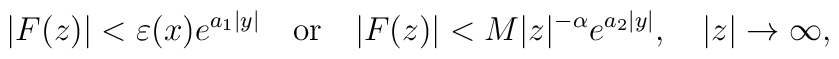
\vert F(z)\vert <\varepsilon (x)e^{a_1\vert y\vert }\quad \textrm{or} \quad \vert F(z)\vert <M\vert z\vert ^{-\alpha }e^{a_2\vert y\vert },\quad \vert z\vert \to \infty,